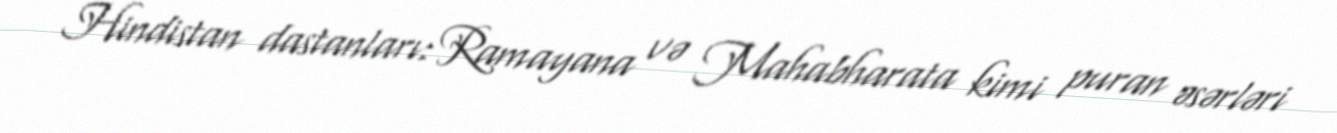
Hindistan dastanları: Ramayana və Mahabharata kimi puran əsərləri